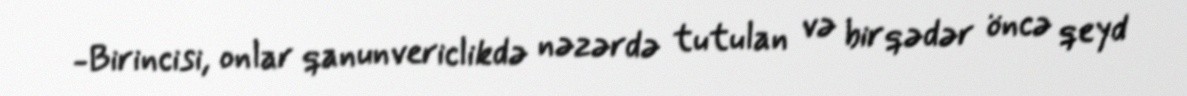
-Birincisi, onlar qanunvericlikdə nəzərdə tutulan və bir qədər öncə qeyd